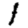
Digit: 1